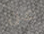
عن